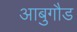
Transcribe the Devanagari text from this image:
आबुगौड